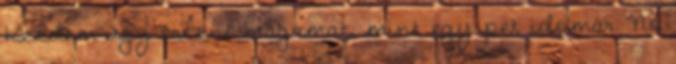
Kezdem úgy érezni magamat, mint egy pet idomár. No